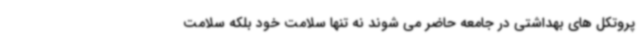
پروتکل های بهداشتی در جامعه حاضر می شوند نه تنها سلامت خود بلکه سلامت